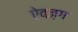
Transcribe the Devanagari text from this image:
ऐवज़ग